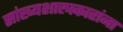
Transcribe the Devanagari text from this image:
सांख्यशास्त्रकारांना